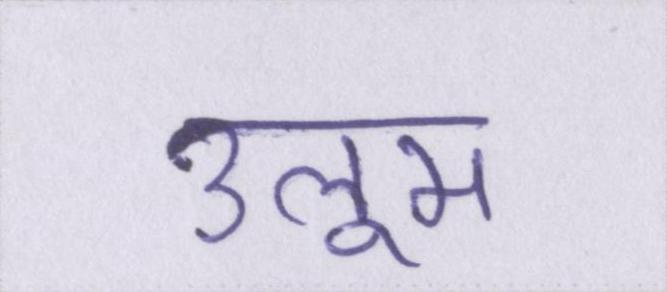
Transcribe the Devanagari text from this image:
उलूम